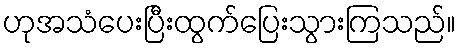
ဟုအသံပေးပြီးထွက်ပြေးသွားကြသည်။